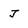
Character: J